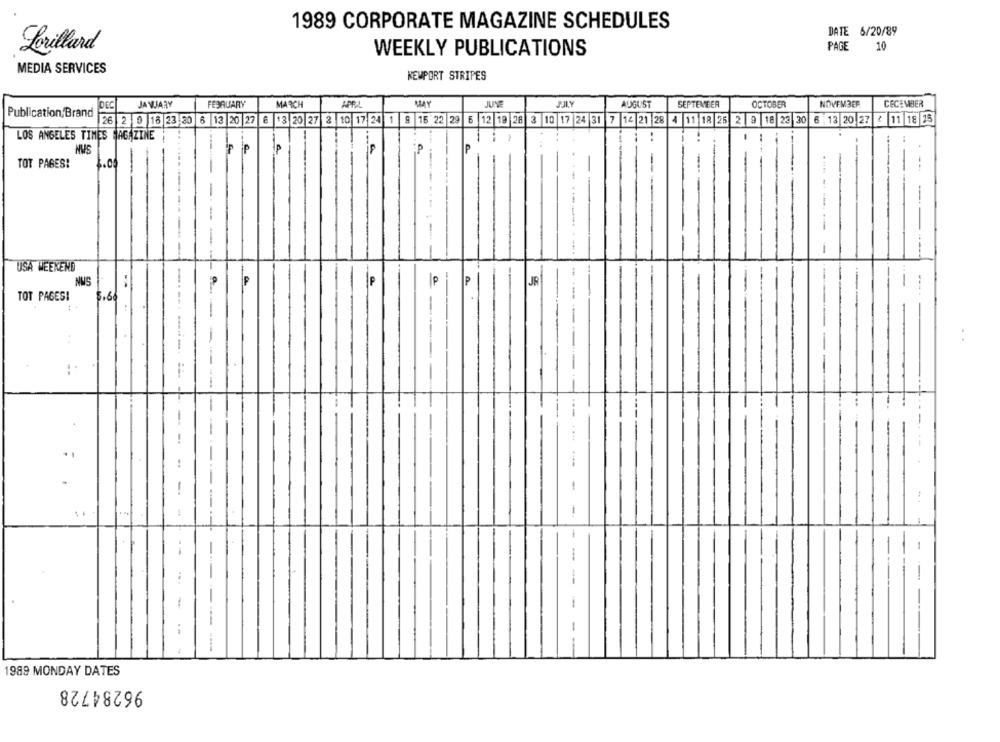
1989 CORPORATE MAGAZINE SCHEDULES
DATE
6/20/89
Lorillard
WEEKLY PUBLICATIONS
PAGE
10
MEDIA SERVICES
KEMPORT STRIPES
JANUARY
FEBRUARY
MARCH
MAY
JUNE
JJLY
AUGUST
SEPTEMBER
OCTOBER
NOVEMBER
CECEMBER
DEC
Publication, Brand
26 2 0 18 23.30 6 13 20 27 6 13 20 27 3 10 17 24 1 9 16 22 29 6 12 19 26 3 10 17 24 31 7 14 21 28 4 11 18 25 2 9 18 23 30 6 13 20 27 2 11 18 75
LOS ANGELES TIMES MAGAZINE
..
iP
:P
P
NWS
TOT PAGES!
3.0
-.
. ... .......
-
----
USA WEEKEND
NUS
P
P
JA
---
----
TOT PAGES!
-
-- ....
1
--
-
--
-
---
.-
-
1989 MONDAY DATES
96284728